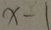
x - 1